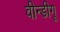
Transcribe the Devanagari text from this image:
वीन्डीगू